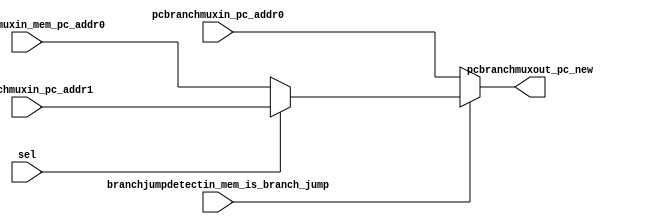
module PC_BRANCH_MUX(
    input [31:0] pcbranchmuxin_pc_addr0,
    input [31:0] pcbranchmuxin_pc_addr1,
    input [31:0] pcbranchmuxin_mem_pc_addr0,
    input sel,
    input branchjumpdetectin_mem_is_branch_jump,

    output [31:0] pcbranchmuxout_pc_new
);

    reg [31:0] pc_new_reg;

    always @(*) begin
        if (branchjumpdetectin_mem_is_branch_jump == 1'b1) begin
            if(sel == 0) begin 
                pc_new_reg <= pcbranchmuxin_mem_pc_addr0;
            end else begin
                pc_new_reg <= pcbranchmuxin_pc_addr1;
            end
        end 
        else begin
            pc_new_reg <= pcbranchmuxin_pc_addr0;
        end
    end

    assign pcbranchmuxout_pc_new = pc_new_reg;

endmodule